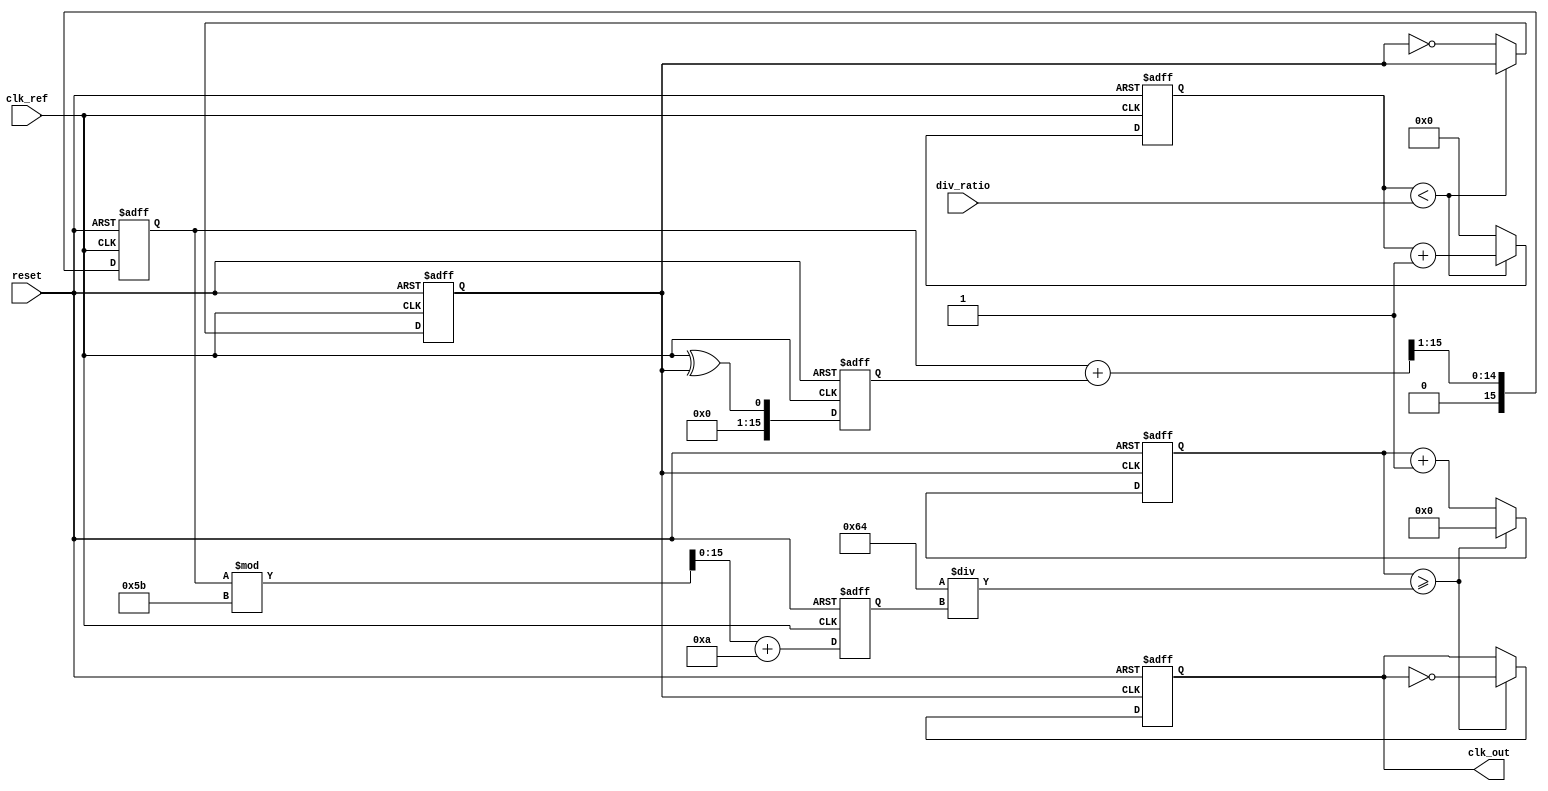
module fractional_PLL (
    input wire clk_ref,          // Reference clock input
    input wire reset,            // Asynchronous reset
    input wire [15:0] div_ratio, // Division ratio input (from memory blocks)
    output reg clk_out           // Output clock signal
);

// Parameters
parameter N = 16;               // Bit-width for division ratio
parameter VCO_MAX_FREQ = 100;  // Maximum VCO frequency (arbitrary units)
parameter VCO_MIN_FREQ = 10;    // Minimum VCO frequency (arbitrary units)

// Internal signals
reg [N-1:0] vco_freq;          // Current VCO frequency
reg [N-1:0] error_signal;      // Error signal from phase detector
reg [N-1:0] filtered_signal;    // Filtered control voltage
reg [N-1:0] feedback_div;       // Feedback division counter
reg [N-1:0] vco_control;        // Control voltage for VCO
reg clk_feedback;               // Feedback clock signal
reg [31:0] counter;             // Counter for output clock generation

// Phase Detector (PD)
always @(posedge clk_ref or posedge reset) begin
    if (reset) begin
        error_signal <= 0;
    end else begin
        // Simple phase detector logic (XOR for demonstration)
        error_signal <= clk_ref ^ clk_feedback;
    end
end

// Loop Filter (Simple first-order filter for demonstration)
always @(posedge clk_ref or posedge reset) begin
    if (reset) begin
        filtered_signal <= 0;
    end else begin
        filtered_signal <= (filtered_signal + error_signal) >> 1; // Simple averaging
    end
end

// Voltage-Controlled Oscillator (VCO)
always @(posedge clk_ref or posedge reset) begin
    if (reset) begin
        vco_freq <= VCO_MIN_FREQ;
    end else begin
        vco_freq <= filtered_signal % (VCO_MAX_FREQ - VCO_MIN_FREQ + 1) + VCO_MIN_FREQ; // Control VCO frequency
    end
end

// Frequency Divider
always @(posedge clk_ref or posedge reset) begin
    if (reset) begin
        feedback_div <= 0;
        clk_feedback <= 0;
    end else begin
        if (feedback_div < div_ratio) begin
            feedback_div <= feedback_div + 1;
        end else begin
            feedback_div <= 0;
            clk_feedback <= ~clk_feedback; // Toggle feedback clock
        end
    end
end

// Output Clock Generation
always @(posedge clk_feedback or posedge reset) begin
    if (reset) begin
        counter <= 0;
        clk_out <= 0;
    end else begin
        counter <= counter + 1;
        if (counter >= (VCO_MAX_FREQ / vco_freq)) begin
            clk_out <= ~clk_out; // Toggle output clock
            counter <= 0;
        end
    end
end

endmodule